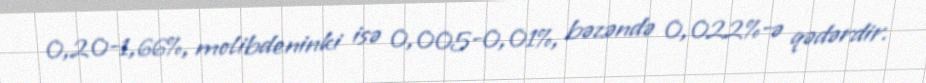
0,20-1,66%, molibdeninki isə 0,005-0,01%, bəzəndə 0,022%-ə qədərdir.